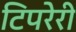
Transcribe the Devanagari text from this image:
टिपरेरी